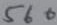
Text: 560